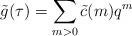
LaTeX: \begin{align*}\tilde{g}(\tau) = \sum_{m>0} \tilde{c}(m) q^m\end{align*}